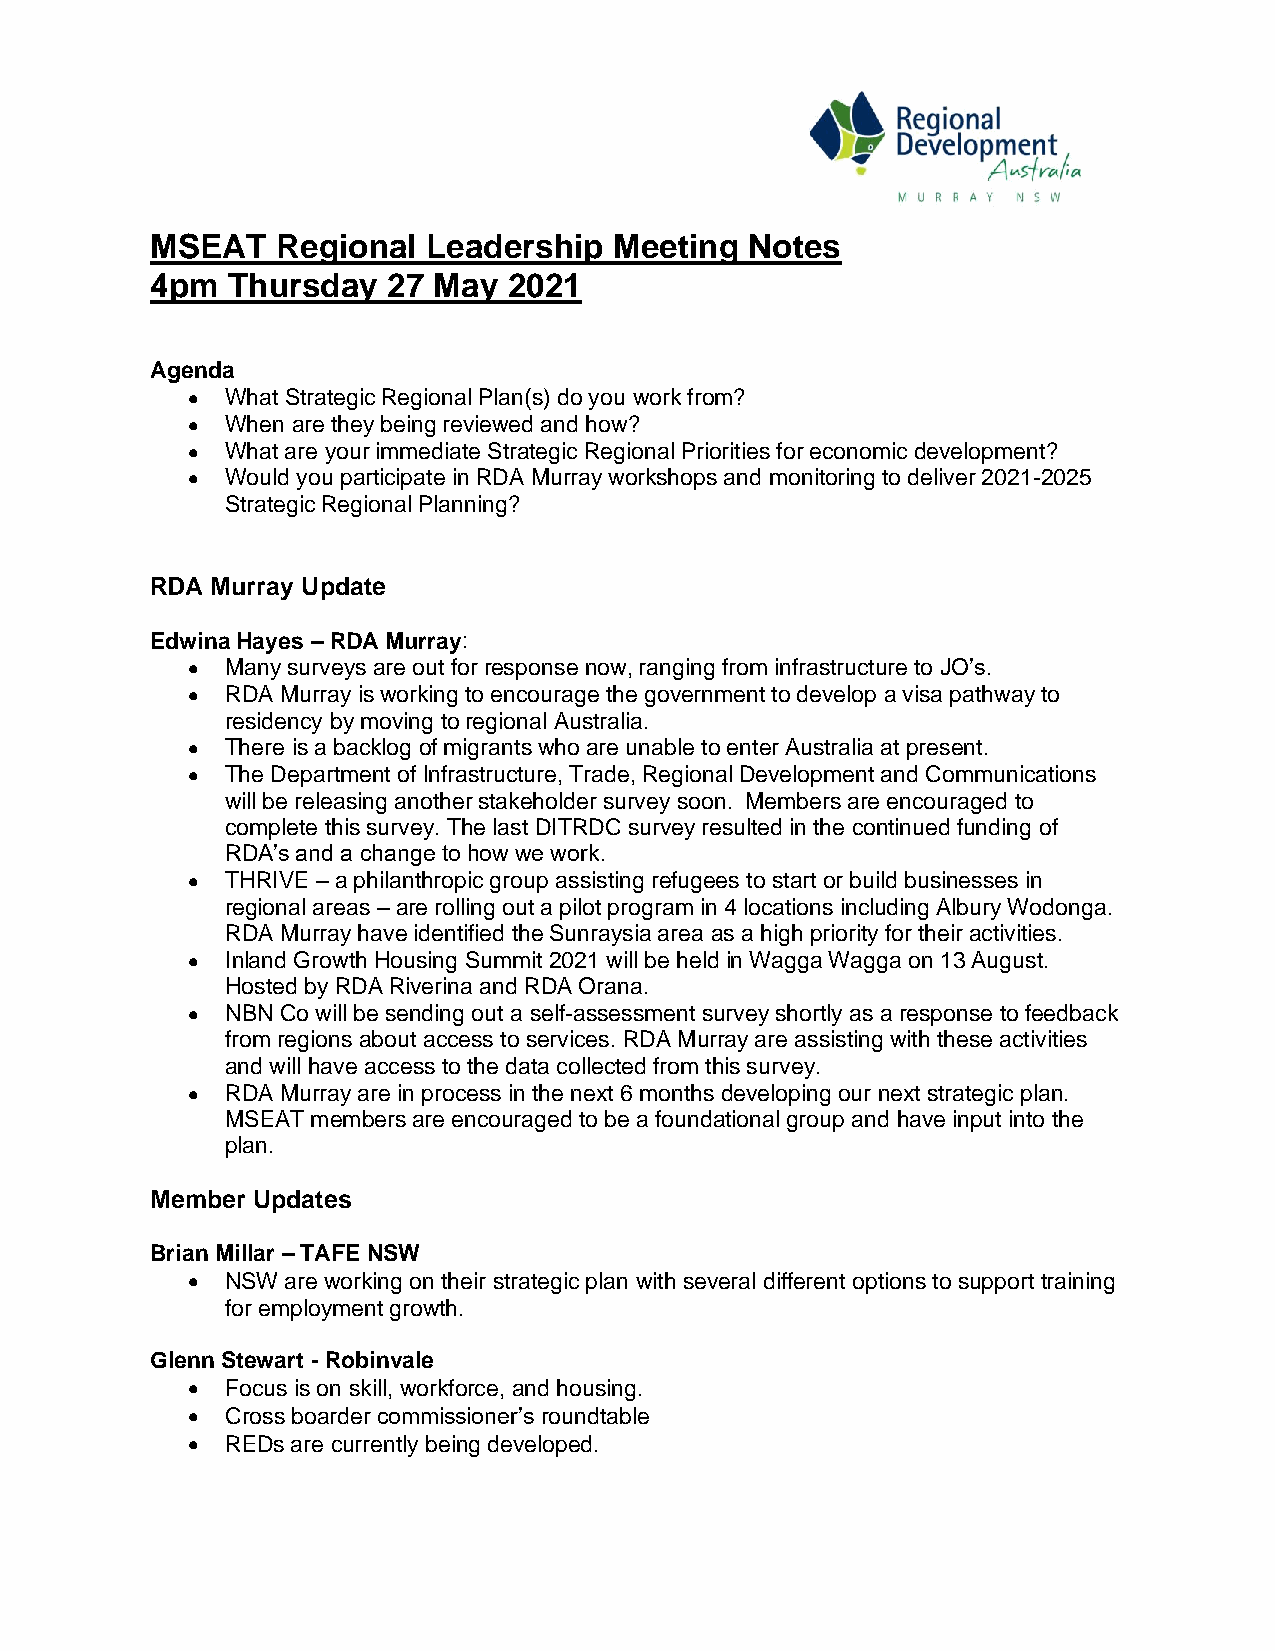
MSEAT   Regional  Leadership   Meeting  Notes
 4pm  Thursday   27 May  2021
 Agenda
 •  What Strategic Regional Plan(s) do you work from?
 •  When are they being reviewed and how?
 •  What are your immediate Strategic Regional Priorities for economic development?
 •  Would you participate in RDA Murray workshops and monitoring to deliver 2021-2025
 Strategic Regional Planning?
 RDA Murray Update
 Edwina Hayes – RDA Murray:
 •  Many surveys are out for response now, ranging from infrastructure to JO’s.
 •  RDA Murray is working to encourage the government to develop a visa pathway to
 residency by moving to regional Australia.
 •  There is a backlog of migrants who are unable to enter Australia at present.
 •  The Department of Infrastructure, Trade, Regional Development and Communications
 will be releasing another stakeholder survey soon. Members are encouraged to
 complete this survey. The last DITRDC survey resulted in the continued funding of
 RDA’s and a change to how we work.
 •  THRIVE – a philanthropic group assisting refugees to start or build businesses in
 regional areas – are rolling out a pilot program in 4 locations including Albury Wodonga.
 RDA Murray have identified the Sunraysia area as a high priority for their activities.
 •  Inland Growth Housing Summit 2021 will be held in Wagga Wagga on 13 August.
 Hosted by RDA Riverina and RDA Orana.
 •  NBN Co will be sending out a self-assessment survey shortly as a response to feedback
 from regions about access to services. RDA Murray are assisting with these activities
 and will have access to the data collected from this survey.
 •  RDA Murray are in process in the next 6 months developing our next strategic plan.
 MSEAT members are encouraged to be a foundational group and have input into the
 plan.
 Member Updates
 Brian Millar – TAFE NSW
 •  NSW are working on their strategic plan with several different options to support training
 for employment growth.
 Glenn Stewart - Robinvale
 •  Focus is on skill, workforce, and housing.
 •  Cross boarder commissioner’s roundtable
 •  REDs are currently being developed.